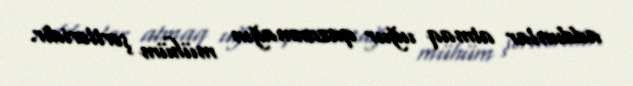
addımlar atmaq uğur qazanmağın mühüm şərtləridir.